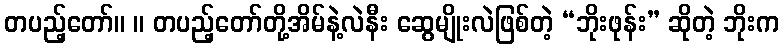
တပည့်တော်။ ။ တပည့်တော်တို့အိမ်နဲ့လဲနီး ဆွေမျိုးလဲဖြစ်တဲ့ “ဘိုးဖုန်း” ဆိုတဲ့ ဘိုးက